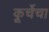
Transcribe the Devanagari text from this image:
कूर्चेचा